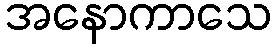
အနောကာသေ